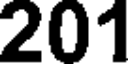
201